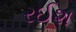
રઈશ